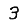
Digit: 3